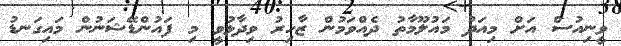
ވީނިއުސް އަށް މިއަދު މައުލޫމާތު ދެއްވަމުން ޒާހިރު ވިދާޅުވީ މި ފައުންޑޭޝަނުން މައިގަނޑު